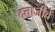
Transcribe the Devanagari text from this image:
दत्ताजीचें